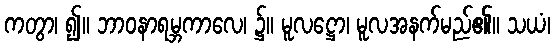
ကတွာ၊ ၍။ ဘာဝနာရမ္ဘကာလေ၊ ၌။ မူလဋ္ဌော၊ မူလအနက်မည်၏။ သယံ၊